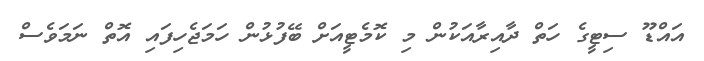
އައްޑޫ ސިޓީގެ ހަތް ދާއިރާއަކުން މި ކޮމެޓީއަށް ބޭފުޅުން ހަމަޖެހިފައި އޮތް ނަމަވެސް